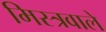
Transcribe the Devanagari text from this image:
मिस्त्रवाले